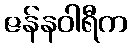
ဇန်နဝါရီက